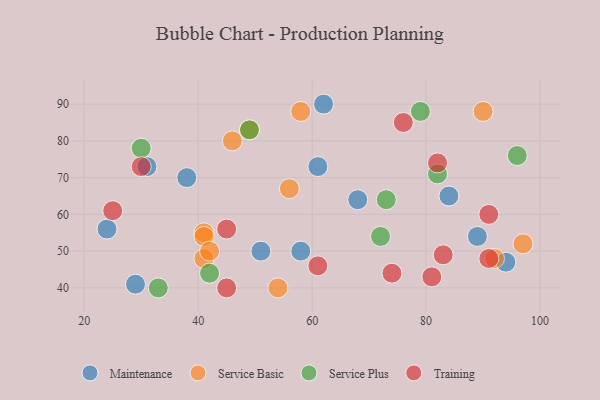
{"axis": {"x": "GDP", "y": "Life Expectancy"}, "legend": ["Maintenance", "Service Basic", "Service Plus", "Training"], "data": [{"x": "84", "y": 65, "type": "Maintenance"}, {"x": "94", "y": 47, "type": "Maintenance"}, {"x": "24", "y": 56, "type": "Maintenance"}, {"x": "29", "y": 41, "type": "Maintenance"}, {"x": "61", "y": 73, "type": "Maintenance"}, {"x": "89", "y": 54, "type": "Maintenance"}, {"x": "62", "y": 90, "type": "Maintenance"}, {"x": "68", "y": 64, "type": "Maintenance"}, {"x": "38", "y": 70, "type": "Maintenance"}, {"x": "51", "y": 50, "type": "Maintenance"}, {"x": "31", "y": 73, "type": "Maintenance"}, {"x": "58", "y": 50, "type": "Maintenance"}, {"x": "97", "y": 52, "type": "Service Basic"}, {"x": "58", "y": 88, "type": "Service Basic"}, {"x": "41", "y": 55, "type": "Service Basic"}, {"x": "92", "y": 48, "type": "Service Basic"}, {"x": "54", "y": 40, "type": "Service Basic"}, {"x": "41", "y": 54, "type": "Service Basic"}, {"x": "49", "y": 83, "type": "Service Basic"}, {"x": "41", "y": 48, "type": "Service Basic"}, {"x": "42", "y": 50, "type": "Service Basic"}, {"x": "46", "y": 80, "type": "Service Basic"}, {"x": "56", "y": 67, "type": "Service Basic"}, {"x": "90", "y": 88, "type": "Service Basic"}, {"x": "33", "y": 40, "type": "Service Plus"}, {"x": "79", "y": 88, "type": "Service Plus"}, {"x": "49", "y": 83, "type": "Service Plus"}, {"x": "73", "y": 64, "type": "Service Plus"}, {"x": "96", "y": 76, "type": "Service Plus"}, {"x": "82", "y": 71, "type": "Service Plus"}, {"x": "30", "y": 78, "type": "Service Plus"}, {"x": "72", "y": 54, "type": "Service Plus"}, {"x": "42", "y": 44, "type": "Service Plus"}, {"x": "91", "y": 60, "type": "Training"}, {"x": "81", "y": 43, "type": "Training"}, {"x": "83", "y": 49, "type": "Training"}, {"x": "82", "y": 74, "type": "Training"}, {"x": "25", "y": 61, "type": "Training"}, {"x": "76", "y": 85, "type": "Training"}, {"x": "45", "y": 56, "type": "Training"}, {"x": "30", "y": 73, "type": "Training"}, {"x": "45", "y": 40, "type": "Training"}, {"x": "61", "y": 46, "type": "Training"}, {"x": "74", "y": 44, "type": "Training"}, {"x": "91", "y": 48, "type": "Training"}]}